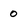
Character: 0